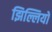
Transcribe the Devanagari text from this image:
झिल्लियो